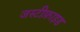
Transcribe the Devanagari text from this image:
जस्टीफ़ाइड